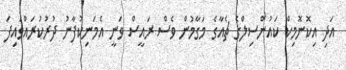
އަދި އިކޮނޮމިކް ކައުންސިލްގެ ޗެއާގެ މަގާމުން ވެސް ރައީސް ވަނީ އެމަނިކުފާނު ދުރުކުރައްވައިފަ